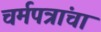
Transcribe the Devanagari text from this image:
चर्मपत्रांचा